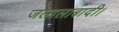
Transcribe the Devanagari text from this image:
जलालाबादी।